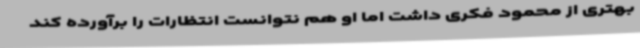
بهتری از محمود فکری داشت اما او هم نتوانست انتظارات را برآورده کند